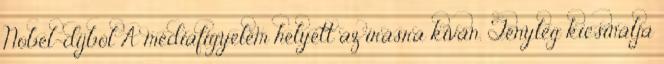
Nobel-díjból A médiafigyelem helyett az írásra kíván. Tényleg kicsinálja